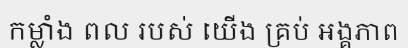
កម្លាំង ពល របស់ យើង គ្រប់ អង្គភាព